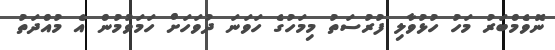
ނޮވެމްބަރު މަހު ހުޅުވާލި ފުރުސަތު މިމަހުގެ ހަވަނަ ދުވަހަށް ހަމަވުމުން އެ މުއްދަތު